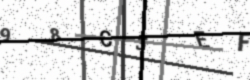
Text: 98CSEF